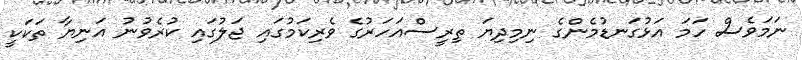
ނަމަވެސް ހަމަ އަޅުގަނޑުމެންގެ ނިމިދިޔަ ތިރީސްއަހަރުގެ ވެރިކަމުގައި ޖަލުގައި ކުރެވުނު އަނިޔާ ތަކަކީ